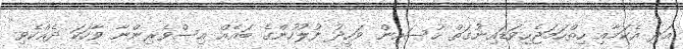
އަދި އެކަމާއި ހިތްހަމަޖެހިވަޑައިނުގަތް ހުސައިން ވަހީދު ފުލުހުންގެ ބައެއް އިސްވެރިންނާ ވާހަކަ ދެއްކެވި